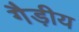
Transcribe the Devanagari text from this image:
गैड़ीय